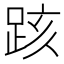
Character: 𨀖